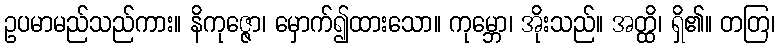
ဥပမာမည်သည်ကား။ နိကုဇ္ဇော၊ မှောက်၍ထားသော။ ကုမ္ဘော၊ အိုးသည်။ အတ္ထိ၊ ရှိ၏။ တတြ၊